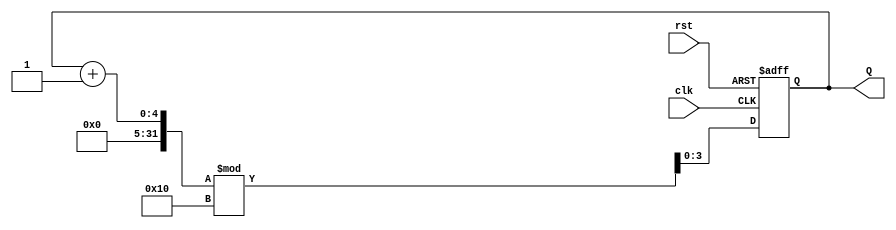
module binary_counter (
    input wire clk,      // Clock signal
    input wire rst,      // Asynchronous reset signal
    output reg [3:0] Q   // 4-bit output representing the current count
);

// State transition logic
always @(posedge clk or posedge rst) begin
    if (rst) begin
        Q <= 4'b0000; // Reset the counter to 0000
    end else begin
        Q <= (Q + 1) % 16; // Increment the counter and wrap around after 15
    end
end

endmodule